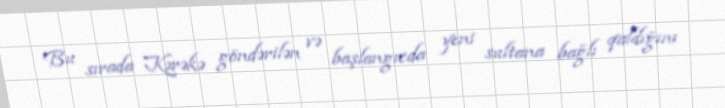
Bu sırada Kərəkə göndərilən və başlangıcda yeni sultana bağlı qaldığını